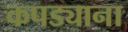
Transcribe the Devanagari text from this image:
कपड्याना